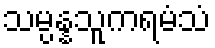
သမ္ပန္နသူကရမံသံ